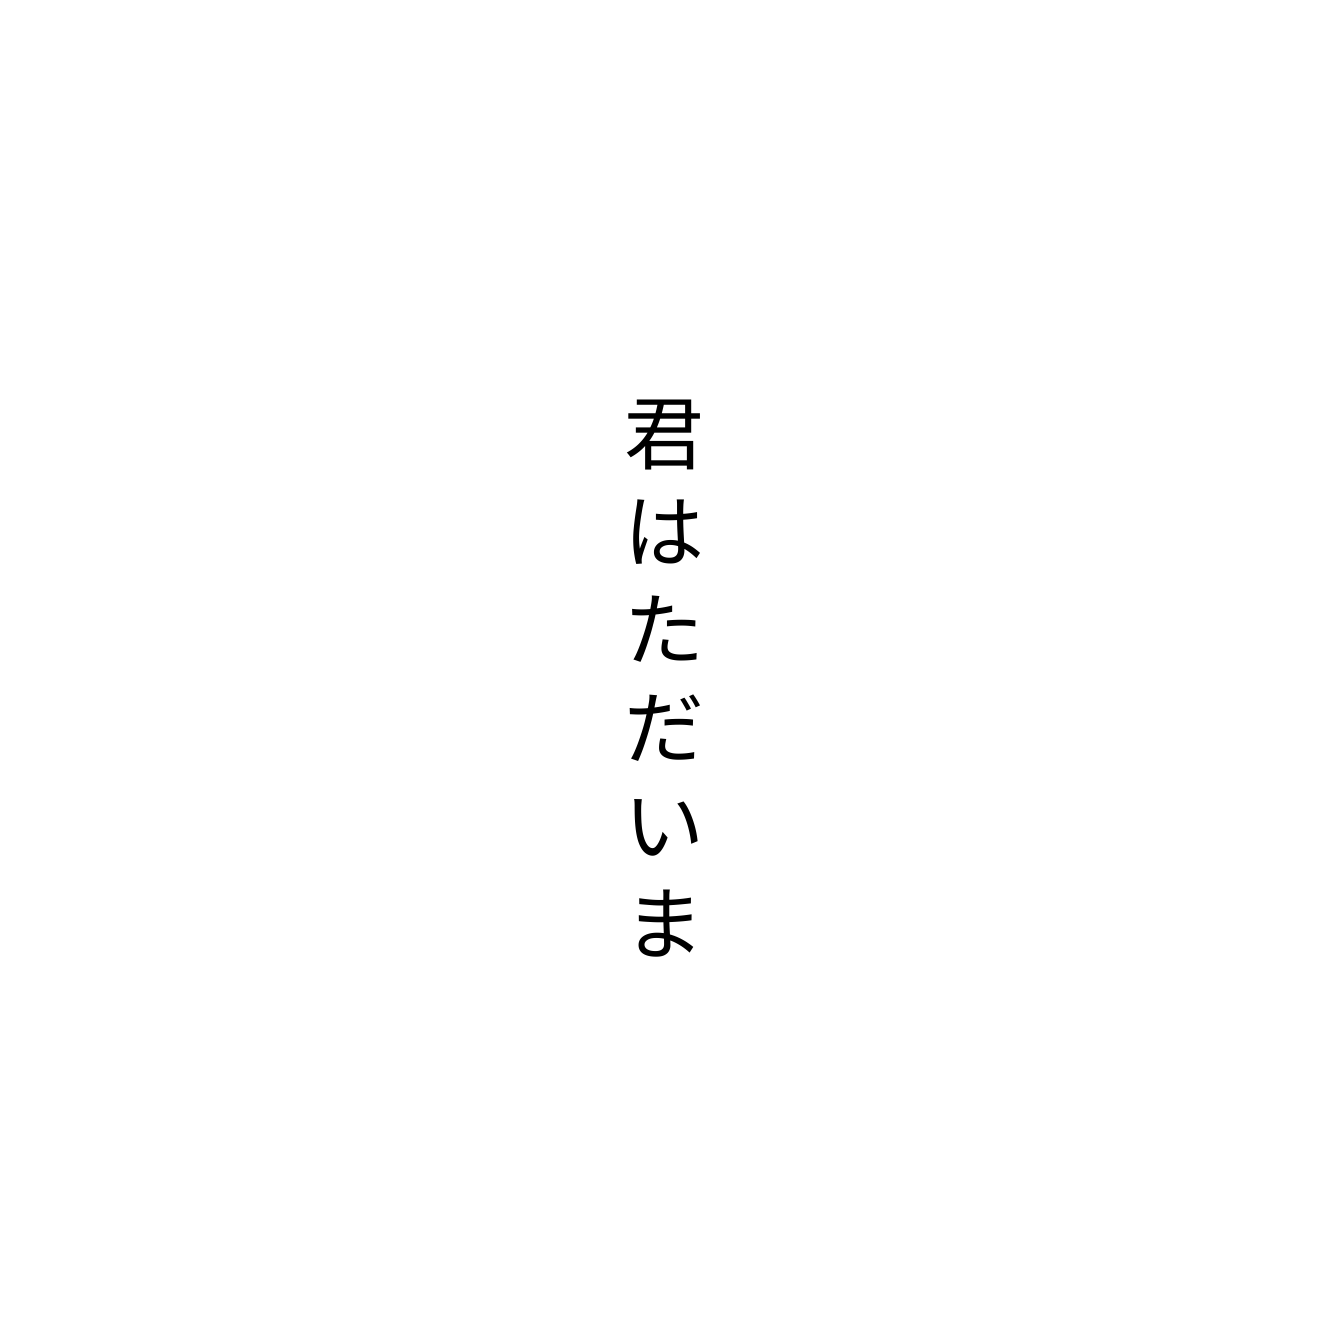
君はただいま